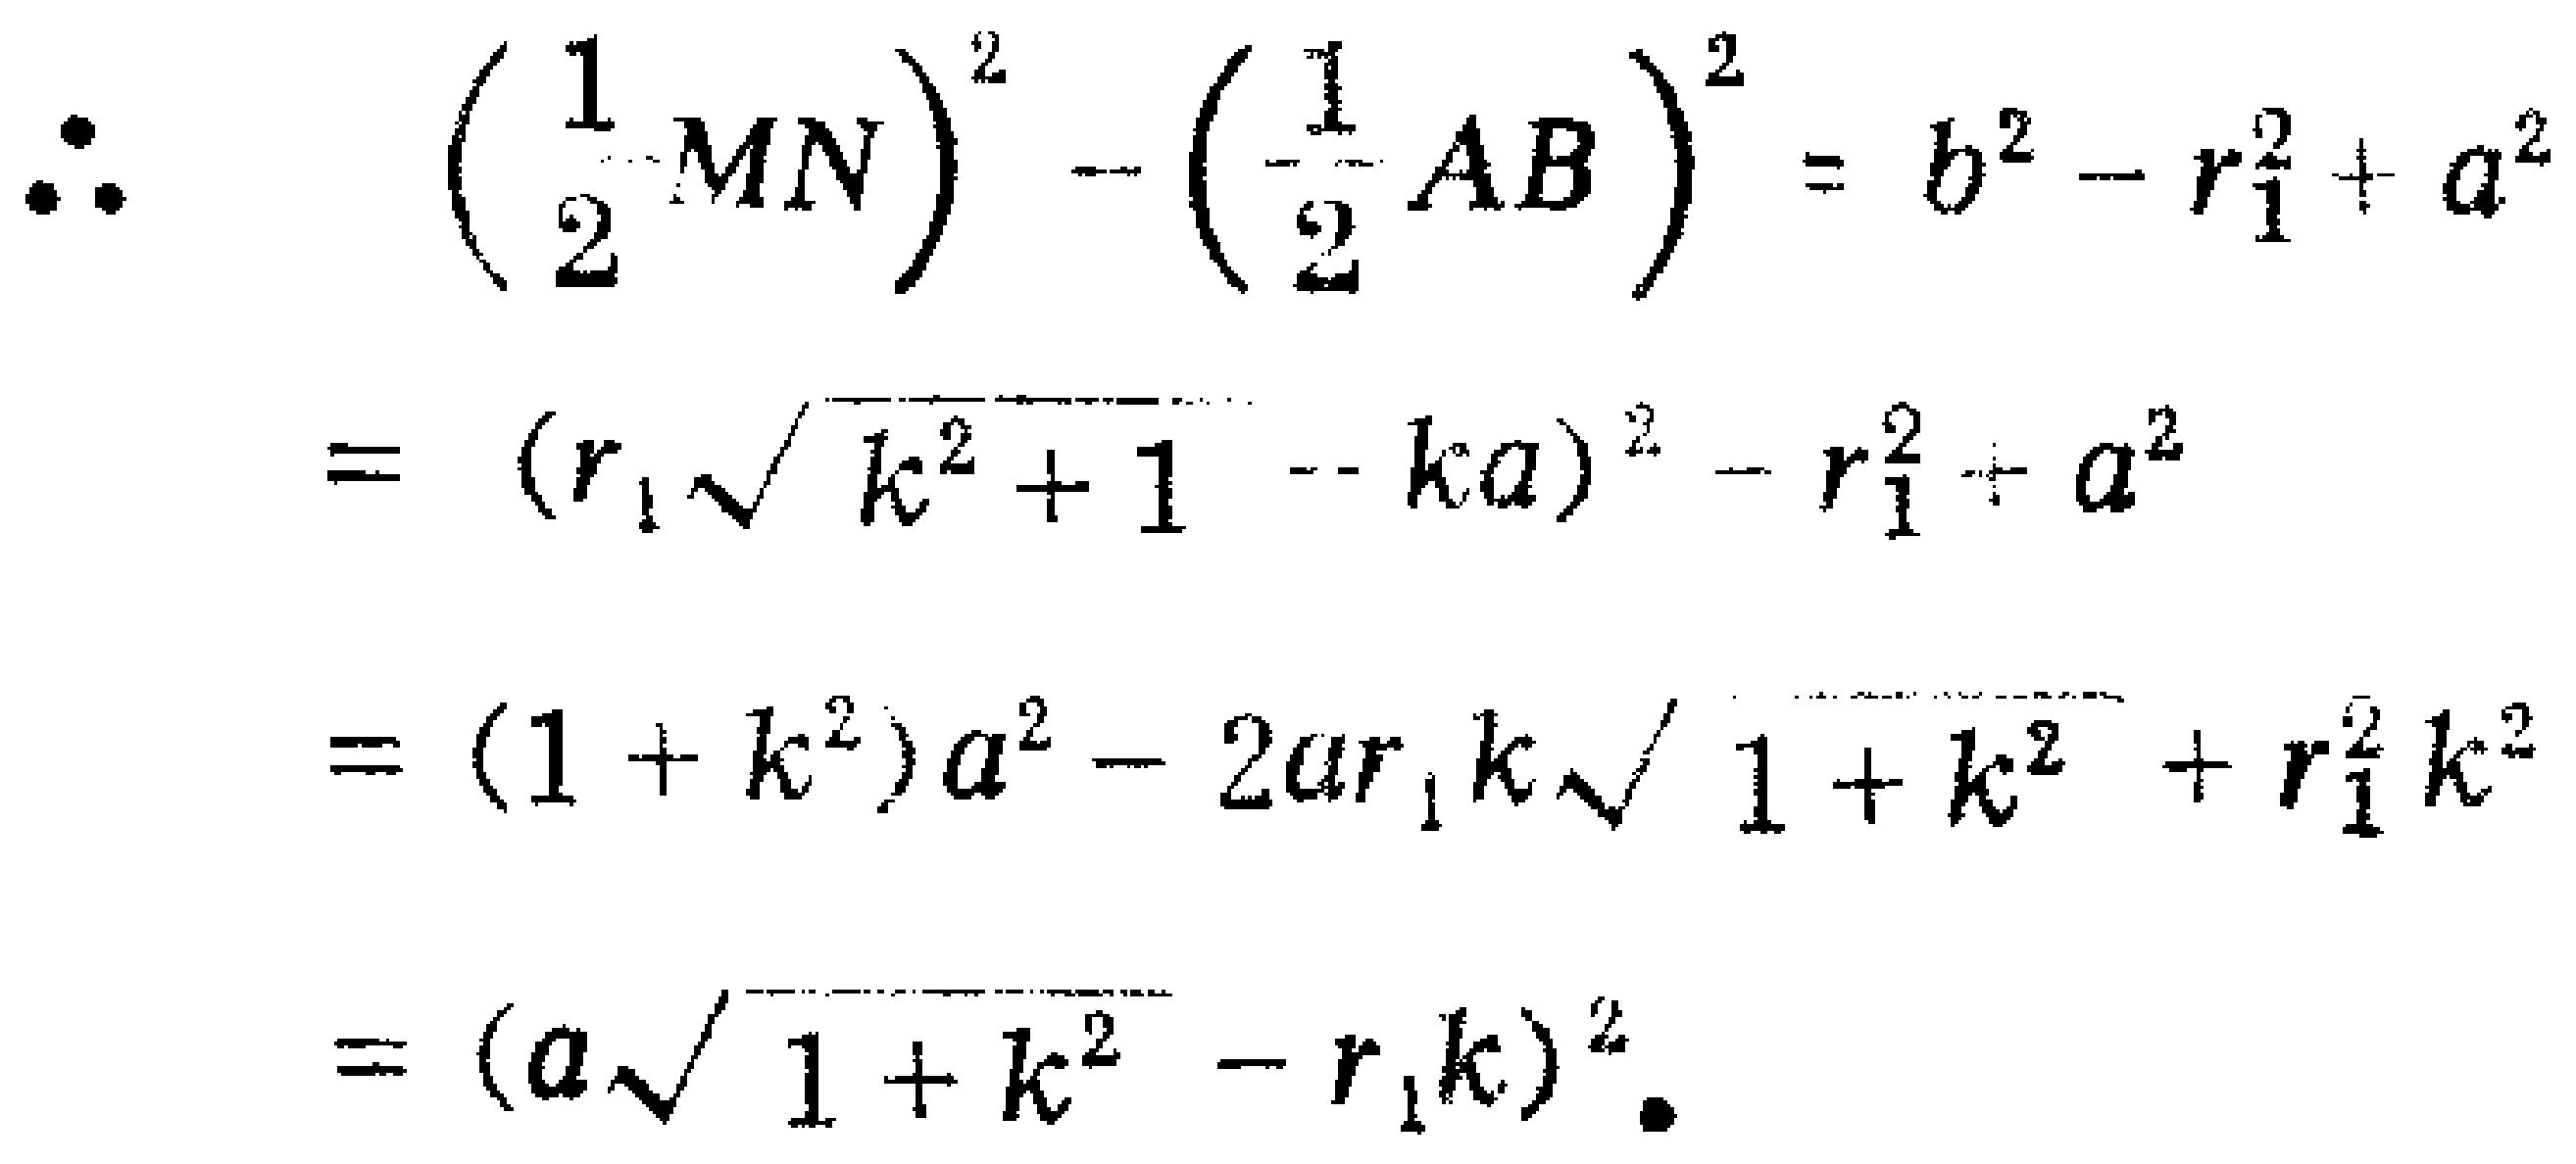
\[
\begin{align*}
\therefore\quad \left(\frac{1}{2}MN\right)^{2}-\left(\frac{1}{2}AB\right)^{2}&=b^{2}-r_{1}^{2}+a^{2}\\
&=(r_{1}\sqrt{k^{2}+1}-ka)^{2}-r_{1}^{2}+a^{2}\\
&=(1 + k^{2})a^{2}-2ar_{1}k\sqrt{1 + k^{2}}+r_{1}^{2}k^{2}\\
&=(a\sqrt{1 + k^{2}}-r_{1}k)^{2}.
\end{align*}
\]